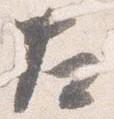
左